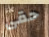
حقى